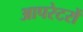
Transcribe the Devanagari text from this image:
आपरेटरों